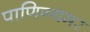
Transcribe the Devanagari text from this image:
पाणिन्यमर